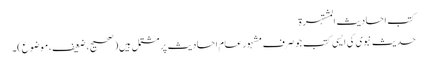
کتب احادیث المشتہرۃ
حدیث نبوی کی ایسی کتب جو صرف مشہور عام احادیث پر مشتمل ہیں (صحیح، ضعیف، موضوع)۔